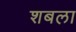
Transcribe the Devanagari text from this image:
शबला